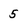
Character: 5